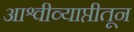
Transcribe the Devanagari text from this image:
आश्वीव्याप्तीतून